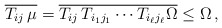
\begin{align*}\overline{T_{ij} \, \mu}= \overline{ T_{ij} \,T_{i_1 j_1} \cdots T_{i_{\ell} j_{\ell}} \Omega}\leq \Omega \, ,\end{align*}